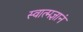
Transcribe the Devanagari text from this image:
स्वात्मज्ञानं